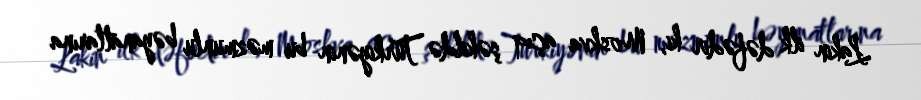
Lakin ilk dəfədir ki, Moskva açıq şəkildə Türkiyənin bu məzmunlu bəyanatlarına